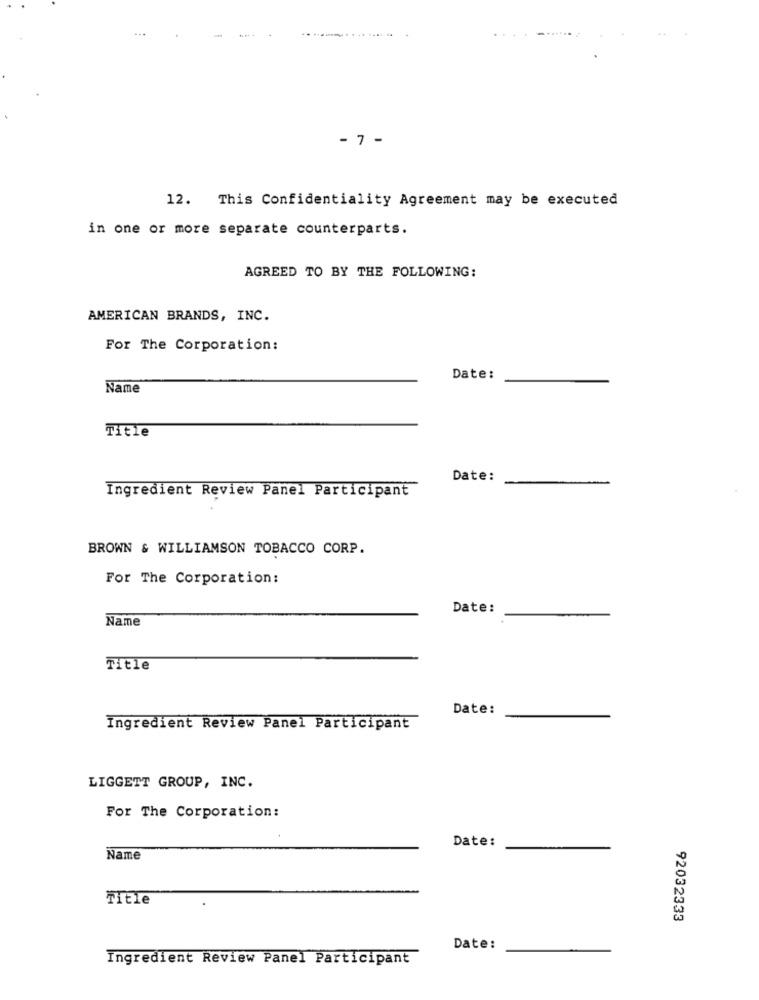
- 7 -
12. This Confidentiality Agreement may be executed
in one or more separate counterparts.
AGREED TO BY THE FOLLOWING:
AMERICAN BRANDS, INC.
For The Corporation:
Date:
Name
Title
Date:
Ingredient Review Panel Participant
BROWN & WILLIAMSON TOBACCO CORP.
For The Corporation:
Date:
Name
Title
Date:
Ingredient Review Panel Participant
LIGGETT GROUP, INC.
For The Corporation:
Date:
Name
Title
92032333
Date:
Ingredient Review Panel Participant